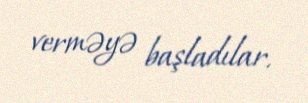
verməyə başladılar.